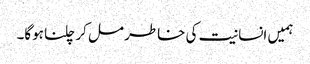
ہمیں انسانیت کی خاطر مل کر چلنا ہوگا۔